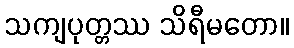
သကျပုတ္တဿ သိရီမတော။